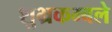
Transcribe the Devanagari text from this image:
शुभ्रकम्बले